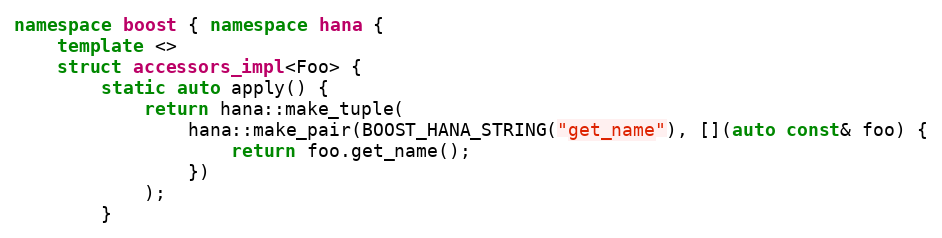
Language: C++
namespace boost { namespace hana {
    template <>
    struct accessors_impl<Foo> {
        static auto apply() {
            return hana::make_tuple(
                hana::make_pair(BOOST_HANA_STRING("get_name"), [](auto const& foo) {
                    return foo.get_name();
                })
            );
        }